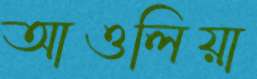
আওলিয়া